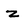
Character: z